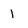
Character: l